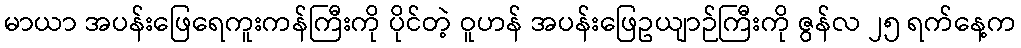
မာယာ အပန်းဖြေရေကူးကန်ကြီးကို ပိုင်တဲ့ ဝူဟန် အပန်းဖြေဥယျာဉ်ကြီးကို ဇွန်လ ၂၅ ရက်နေ့က